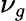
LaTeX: \nu_{g}